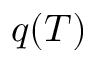
q ( T )